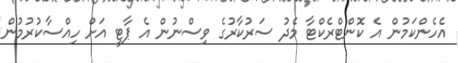
އެހެންކަމުން އެ ކޮންޓްރެކްޓާ މެދު ސަރުކާރުގެ ވިސްނުން އެ ޕާޓީ އަށް ހިއްސާކުރުމުން